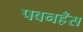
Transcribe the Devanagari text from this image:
पवनहँस